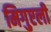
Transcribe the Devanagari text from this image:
मिगुएली